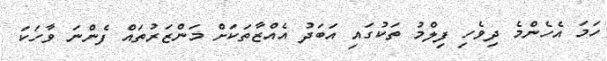
ހަމަ އެހެންމެ ދިވެހި ފިލްމު ތަކުގައި އަބަދު އެއްޒާތަކަށް މަންޒަރުތައް ފެންނަ ވާހަކަ